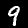
Digit: 9